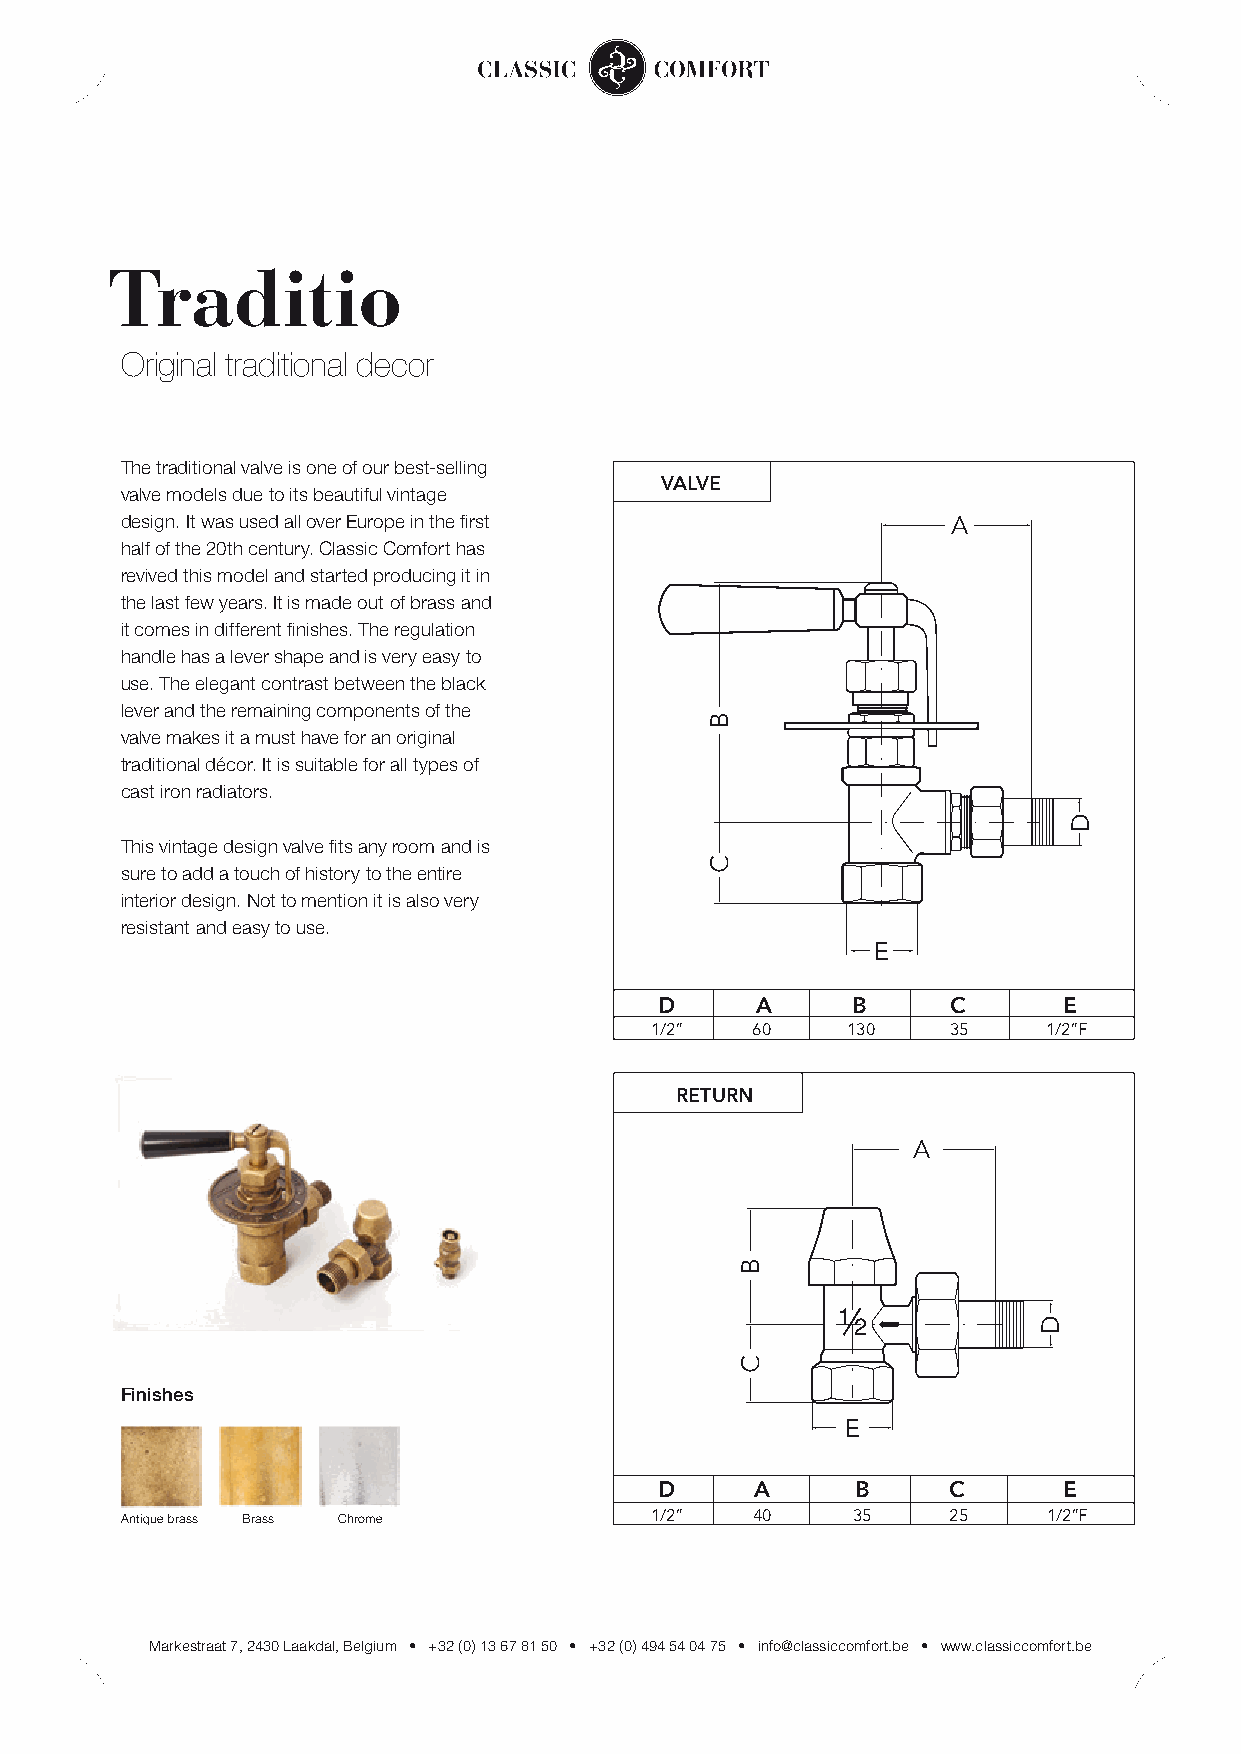
Traditio
 Original traditional decor
 The traditional valve is one of our best-selling
 VALVE
 valve models due to its beautiful vintage
 design. It was used all over Europe in the first       A
 half of the 20th century. Classic Comfort has
 revived this model and started producing it in
 the last few years. It is made out of brass and
 it comes in different finishes. The regulation
 handle has a lever shape and is very easy to
 use. The elegant contrast between the black
 lever and the remaining components of the
 valve makes it a must have for an original
 traditional décor. It is suitable for all types of
 cast iron radiators.
 This vintage design valve fits any room and is
 sure to add a touch of history to the entire
 interior design. Not to mention it is also very
 resistant and easy to use.
 E
 D     A     B      C      E
 1/2”   60    130    35    1/2”F
 RETURN
 A
 1
 2
 Finishes
 E
 D     A      B     C      E
 1/2”   40    35     25    1/2”F
 Antique brass Brass Chrome
 Markestraat 7, 2430 Laakdal, Belgium • +32 (0) 13 67 81 50 • +32 (0) 494 54 04 75 • info@classiccomfort.be • www.classiccomfort.be
 B
 C
 B
 C
 D
 D